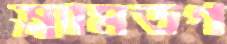
স্ল্যামডগ